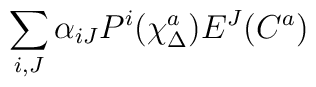
\sum_{i,J} \alpha_{iJ} P^i(\chi^a_\Delta) E^J(C^a)